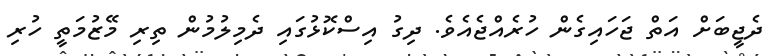
ދެޖީބަށް އަތް ޖަހައިގެން ހުރެއްޖެއެވެ. ދިގު އިސްކޮޅުގައި ދެމިލުމުން ތިރި މޭޒުމަތީ ހުރި